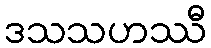
ဒသသဟဿီ